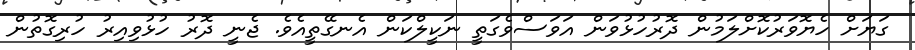
ގަޔަށް ހެޔޮވަރުކޮށްލަމުން ދޮރުހުޅުވަން އަވަސްވެގަތީ ނަކީލްކަން އެނގޭތީއެވެ. ޖެނީ ދޮރު ހުޅުވިއިރު ހުރިގޮތުން